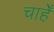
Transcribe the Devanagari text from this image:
चाहेँ